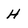
Character: H